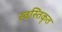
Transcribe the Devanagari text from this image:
स्वस्तिकृत